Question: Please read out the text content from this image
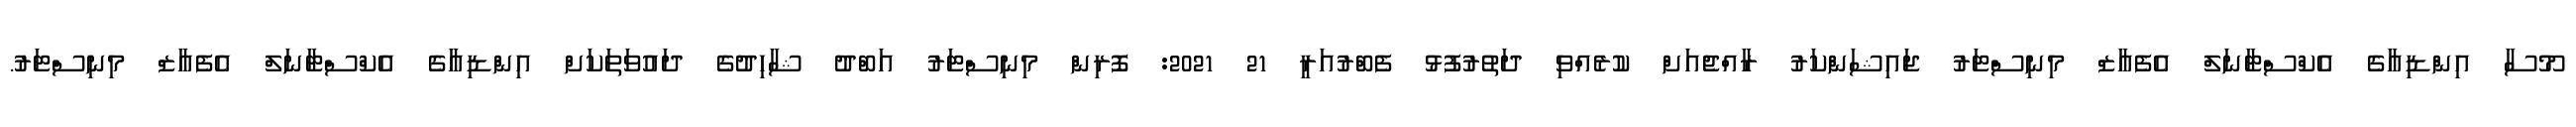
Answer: މޫސާ އިންޑިއާގެ އެކްސްޓާނަލް އެފެއާޒް މިނިސްޓަރު ޖައިޝަންކަރު ރާއްޖެއަށް ކުރެއްވި ދަތުރުފުޅު ފެބްރުއަރީ 21 2021: ފޮރިން މިނިސްޓަރު އަބްދު ޝާހިދުގެ ދައުވަތަކަށް އިންޑިއާގެ އެކްސްޓާނަލް އެފެއާޒް މިނިސްޓަރު.